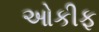
ઓકીફ